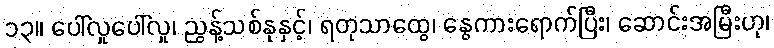
၁၃။ ပေါ်လှုပေါ်လှု၊ ညွန့်သစ်နုနှင့်၊ ရတုသာထွေ၊ နွေကားရောက်ပြီး၊ ဆောင်းအမြီးဟု၊